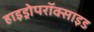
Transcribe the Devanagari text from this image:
हाइड्रोपरॉक्साइड